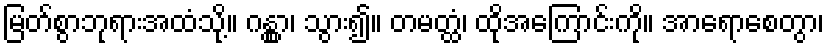
မြတ်စွာဘုရားအထံသို့။ ဂန္တွာ၊ သွား၍။ တမတ္ထံ၊ ထိုအကြောင်းကို။ အာရောစေတွာ၊